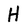
Character: H